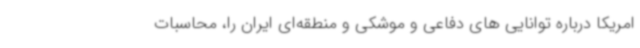
امریکا درباره توانایی های دفاعی و موشکی و منطقه‌ای ایران را، محاسبات